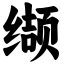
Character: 缬